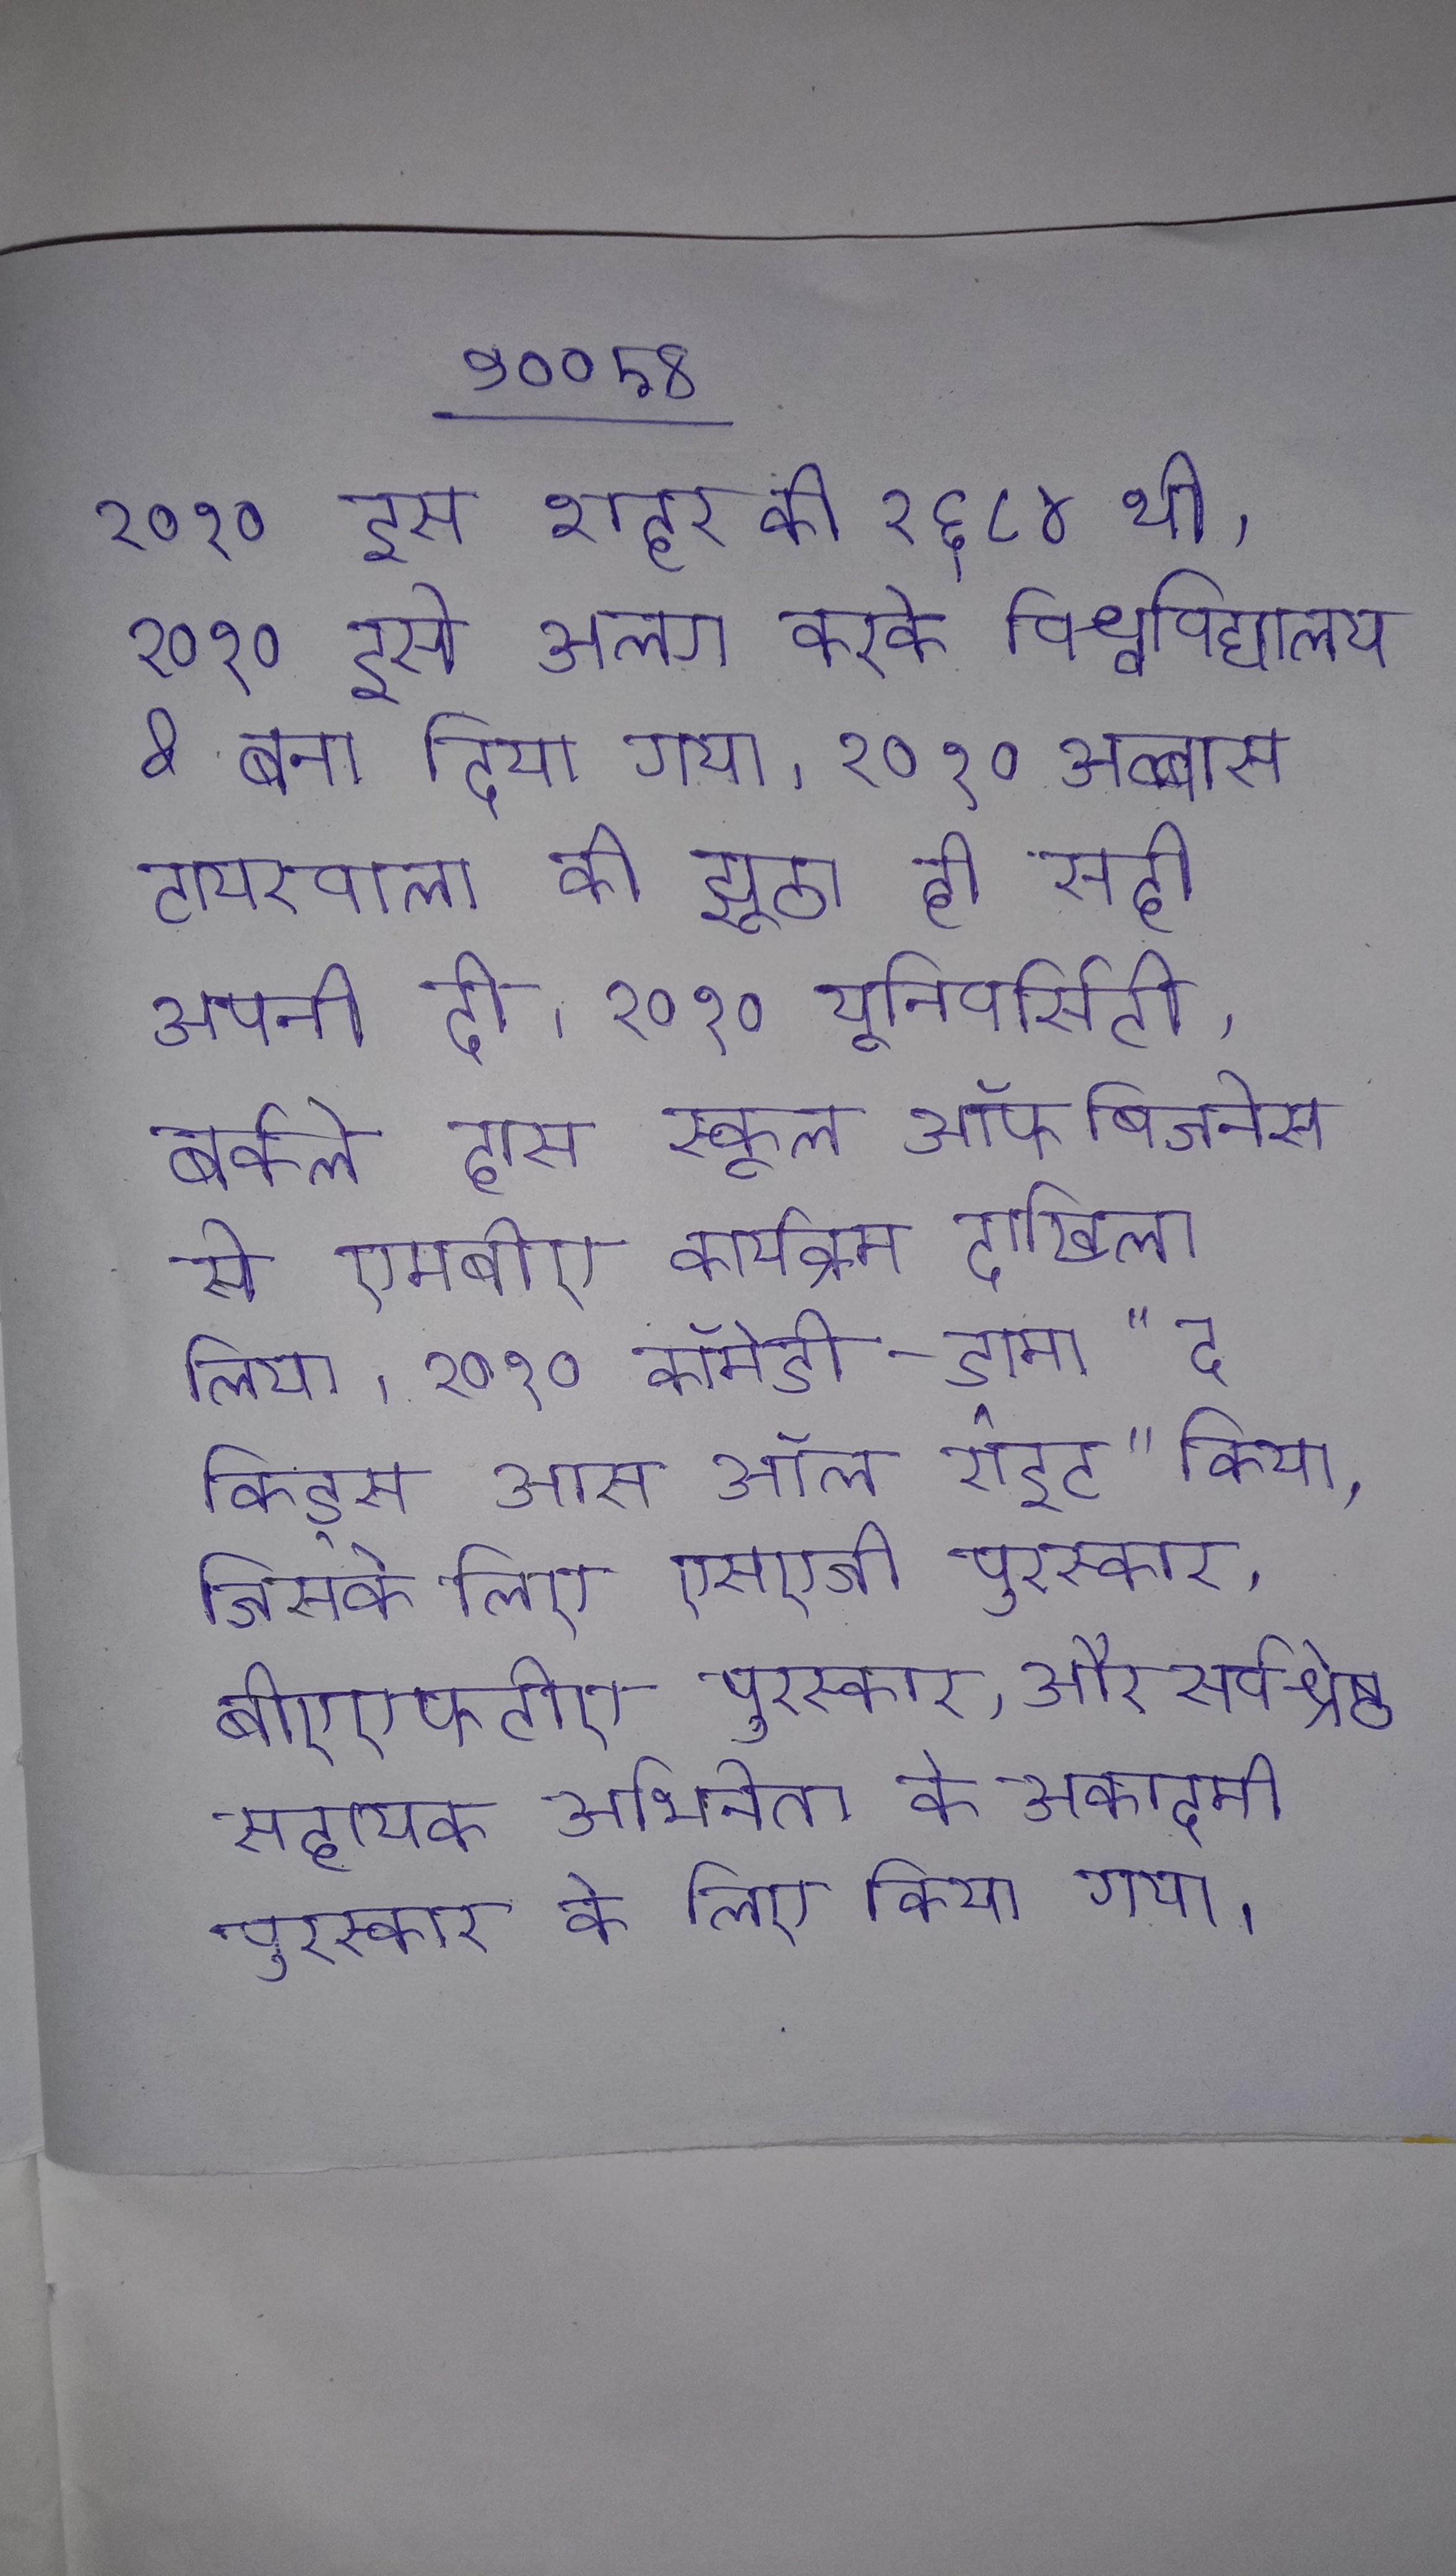
२०१० इस शहर की २६८४ थी । २०१० इसे अलग करके विश्वविद्यालय & बना दिया गया । २०१० अब्बास टायरवाला की झूठा ही सही अपनी दी । २०१० यूनिवर्सिटी, बर्कले हास स्कूल ऑफ बिजनेस से एमबीए कार्यक्रम दाखिला लिया । २०१० कॉमेडी-ड्रामा "द किड्स आर ऑल राइट" किया, जिसके लिए एसएजी पुरस्कार, बीएएफटीए पुरस्कार, और सर्वश्रेष्ठ सहायक अभिनेता के अकादमी पुरस्कार के लिए किया गया ।